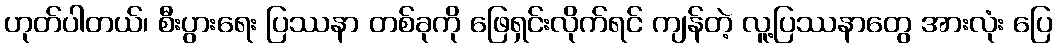
ဟုတ်ပါတယ်၊ စီးပွားရေး ပြဿနာ တစ်ခုကို ဖြေရှင်းလိုက်ရင် ကျန်တဲ့ လူ့ပြဿနာတွေ အားလုံး ပြေ